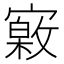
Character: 𡫎